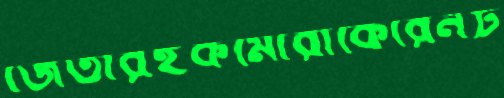
জেতারইকমোরাকেরেনট